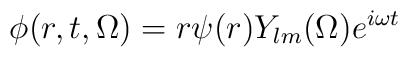
\phi(r,t,\Omega) = r \psi(r) Y_{lm}(\Omega) e^{i \omega t}